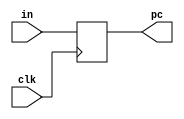
module PC(pc,in,clk);
//input [6:0] in;
input [31:0] in;  //Converted to 32 bit
input clk;
//output [6:0] pc;
output [31:0] pc;
//reg [6:0] pc;
reg [31:0] pc;

initial begin
	pc=32'b00000000000000000000000000000000;
end

always @(negedge clk)
begin
	pc = in;
end

endmodule


module PC_ALU(newpc,pc,extendaddr,chksignal);
input [31:0] pc;
input [31:0] extendaddr;
input chksignal;

output [31:0] newpc;

assign newpc = (chksignal)?(pc+extendaddr):(pc+1);

endmodule